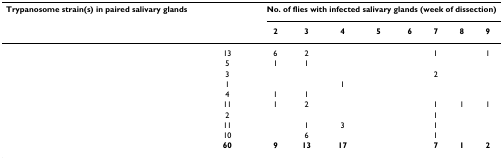
<table><thead><tr><td><b>Trypanosome strain(s) in paired salivary glands</b></td><td>[EMPTY_CELL]</td><td colspan="8"><b>No. of flies with infected salivary glands (week of dissection)</b></td></tr><tr><td>[EMPTY_CELL]</td><td>[EMPTY_CELL]</td><td><b>2</b></td><td><b>3</b></td><td><b>4</b></td><td><b>5</b></td><td><b>6</b></td><td><b>7</b></td><td><b>8</b></td><td><b>9</b></td></tr></thead><tbody><tr><td>[EMPTY_CELL]</td><td>13</td><td>6</td><td>2</td><td>[EMPTY_CELL]</td><td>[EMPTY_CELL]</td><td>[EMPTY_CELL]</td><td>1</td><td>[EMPTY_CELL]</td><td>1</td></tr><tr><td>[EMPTY_CELL]</td><td>5</td><td>1</td><td>1</td><td>[EMPTY_CELL]</td><td>[EMPTY_CELL]</td><td>[EMPTY_CELL]</td><td>[EMPTY_CELL]</td><td>[EMPTY_CELL]</td><td>[EMPTY_CELL]</td></tr><tr><td>[EMPTY_CELL]</td><td>3</td><td>[EMPTY_CELL]</td><td>[EMPTY_CELL]</td><td>[EMPTY_CELL]</td><td>[EMPTY_CELL]</td><td>[EMPTY_CELL]</td><td>2</td><td>[EMPTY_CELL]</td><td>[EMPTY_CELL]</td></tr><tr><td>[EMPTY_CELL]</td><td>1</td><td>[EMPTY_CELL]</td><td>[EMPTY_CELL]</td><td>1</td><td>[EMPTY_CELL]</td><td>[EMPTY_CELL]</td><td>[EMPTY_CELL]</td><td>[EMPTY_CELL]</td><td>[EMPTY_CELL]</td></tr><tr><td>[EMPTY_CELL]</td><td>4</td><td>1</td><td>1</td><td>[EMPTY_CELL]</td><td>[EMPTY_CELL]</td><td>[EMPTY_CELL]</td><td>[EMPTY_CELL]</td><td>[EMPTY_CELL]</td><td>[EMPTY_CELL]</td></tr><tr><td>[EMPTY_CELL]</td><td>11</td><td>1</td><td>2</td><td>[EMPTY_CELL]</td><td>[EMPTY_CELL]</td><td>[EMPTY_CELL]</td><td>1</td><td>1</td><td>1</td></tr><tr><td>[EMPTY_CELL]</td><td>2</td><td>[EMPTY_CELL]</td><td>[EMPTY_CELL]</td><td>[EMPTY_CELL]</td><td>[EMPTY_CELL]</td><td>[EMPTY_CELL]</td><td>1</td><td>[EMPTY_CELL]</td><td>[EMPTY_CELL]</td></tr><tr><td>[EMPTY_CELL]</td><td>11</td><td>[EMPTY_CELL]</td><td>1</td><td>3</td><td>[EMPTY_CELL]</td><td>[EMPTY_CELL]</td><td>1</td><td>[EMPTY_CELL]</td><td>[EMPTY_CELL]</td></tr><tr><td>[EMPTY_CELL]</td><td>10</td><td>[EMPTY_CELL]</td><td>6</td><td>[EMPTY_CELL]</td><td>[EMPTY_CELL]</td><td>[EMPTY_CELL]</td><td>1</td><td>[EMPTY_CELL]</td><td>[EMPTY_CELL]</td></tr><tr><td>[EMPTY_CELL]</td><td><b>60</b></td><td><b>9</b></td><td><b>13</b></td><td><b>17</b></td><td>[EMPTY_CELL]</td><td>[EMPTY_CELL]</td><td><b>7</b></td><td><b>1</b></td><td><b>2</b></td></tr></tbody></table>